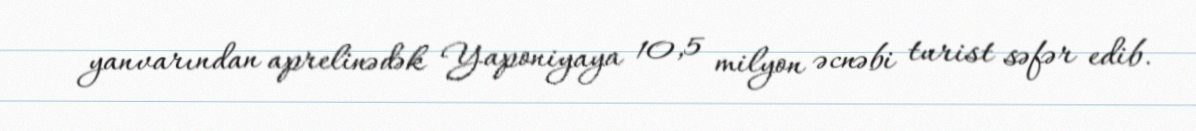
yanvarından aprelinədək Yaponiyaya 10,5 milyon əcnəbi turist səfər edib.